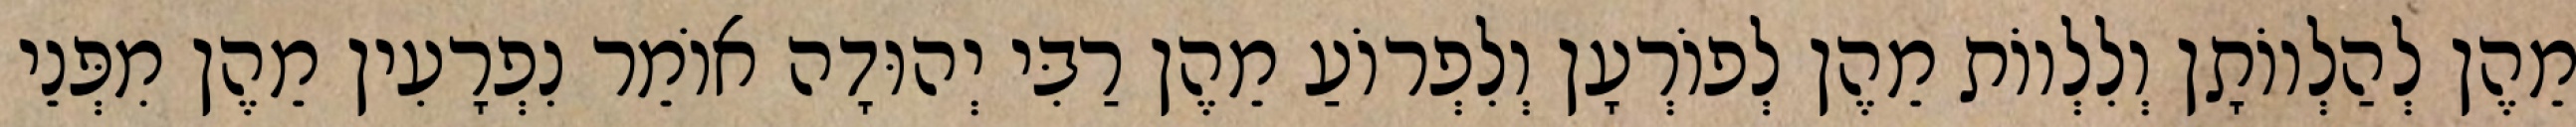
מֵהֶן לְהַלְווֹתָן וְלִלְווֹת מֵהֶן לְפוֹרְעָן וְלִפְרוֹעַ מֵהֶן רַבִּי יְהוּדָה אוֹמֵר נִפְרָעִין מֵהֶן מִפְּנֵי